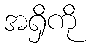
အရှိကို